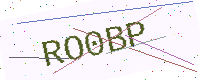
Text: RO0BP